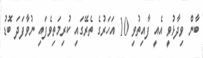
ބާން ވިދާޅުވީ އެއީ ފާއިތުވި 10 އަހަރުގެ ތެރޭގައި ކުރިމަތިވެފައި ނުވާފަދަ ބޮޑު